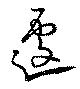
遽